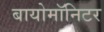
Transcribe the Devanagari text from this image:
बायोमाॅनिटर